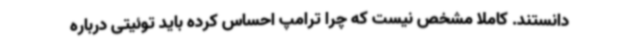
دانستند. کاملا مشخص نیست که چرا ترامپ احساس کرده باید توئیتی درباره